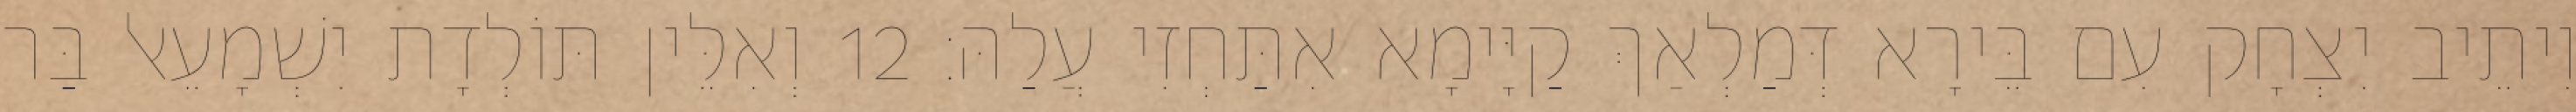
וִיתֵיב יִצְחָק עִם בֵּירָא דְּמַלְאַךְ קַיָּימָא אִתַּחְזִי עֲלַהּ׃ 12 וְאִלֵּין תּוֹלְדָת יִשְׁמָעֵאל בַּר